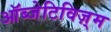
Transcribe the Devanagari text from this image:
ऑब्जेटिविज़्म